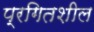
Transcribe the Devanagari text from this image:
प्रगितशील